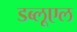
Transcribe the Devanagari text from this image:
डब्लूएल